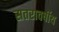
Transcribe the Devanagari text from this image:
सतरावर्षीय